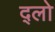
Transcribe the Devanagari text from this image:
द्लो